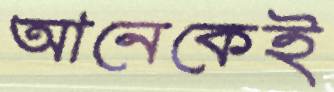
আনেকেই